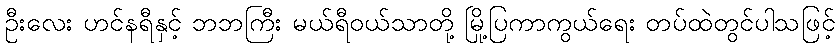
ဦးလေး ဟင်နရီနှင့် ဘဘကြီး မယ်ရီဝယ်သာတို့ မြို့ပြကာကွယ်ရေး တပ်ထဲတွင်ပါသဖြင့်